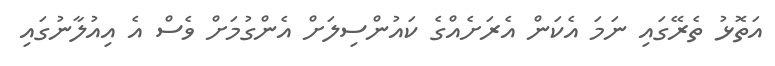
އަތޮޅު ތެރޭގައި ނަމަ އެކަން އެރަށެއްގެ ކައުންސިލަށް އެންގުމަށް ވެސް އެ އިއުލާނުގައި